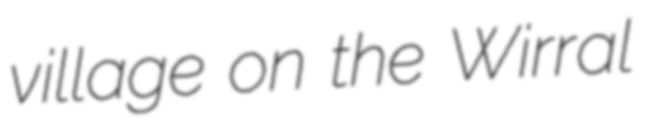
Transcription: village on the Wirral